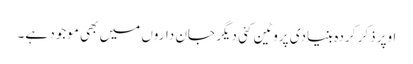
اوپر ذکر کردہ بنیادی پروٹین کئی دیگر جان داروں میں بھی موجود ہے۔